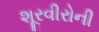
શૂરવીરોની